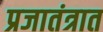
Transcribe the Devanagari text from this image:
प्रजातंत्रात